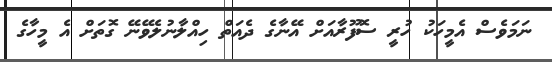
ނަމަވެސް އެމީހަކު ހުރީ ސޮފޫރާއަށް އޭނާގެ ދެއަތް ހިއްލާނުލެވޭނޭ ގޮތަށް އެ މީހާގެ